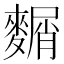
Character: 𪍛